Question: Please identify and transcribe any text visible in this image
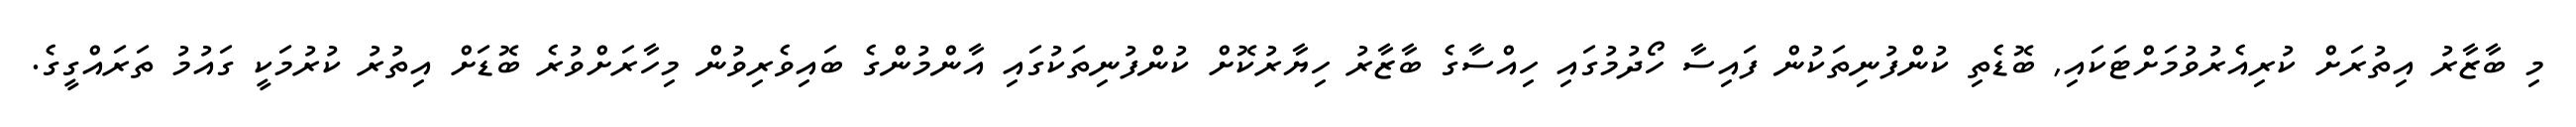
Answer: މި ބާޒާރު އިތުރަށް ކުރިއެރުވުމަށްޓަކައި, ބޮޑެތި ކުންފުނިތަކުން ފައިސާ ހޯދުމުގައި ހިއްސާގެ ބާޒާރު ހިޔާރުކޮށް ކުންފުނިތަކުގައި އާންމުންގެ ބައިވެރިވުން މިހާރަށްވުރެ ބޮޑަށް އިތުރު ކުރުމަކީ ގައުމު ތަރައްގީގެ.